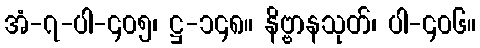
အံ-၇-ပါ-၄၀၅၊ ဋ္ဌ-၁၄၈။ နိဗ္ဗာနသုတ်၊ ပါ-၄၀၆။